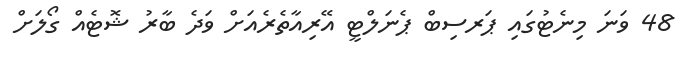
48 ވަނަ މިނެޓުގައި ޕަރސިބް ޕެނަލްޓީ އޭރިއާތެރެއަށް ވަދެ ބާރު ޝޮޓެއް ގޯލަށް